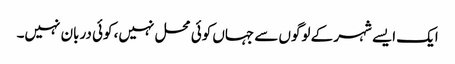
ایک ایسے شہر کے لوگوں سے جہاں کوئی محل نہیں، کوئی دربان نہیں۔